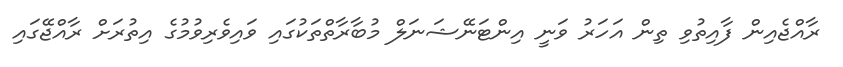
ރާއްޖެއިން ފާއިތުވި ތިން އަހަރު ވަނީ އިންޓަނޭޝަނަލް މުބާރާތްތަކުގައި ވައިވެރިވުމުގެ އިތުރަށް ރާއްޖޭގައި